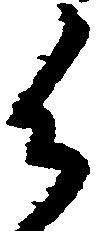
御